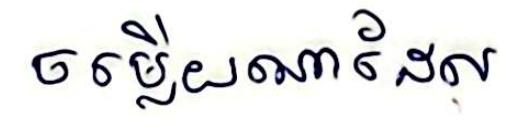
ចម្លើយណាដែល